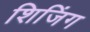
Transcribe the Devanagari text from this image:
शिजिंग